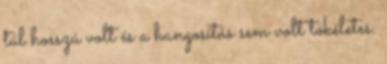
túl hosszú volt és a hangosítás sem volt tökéletes.